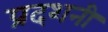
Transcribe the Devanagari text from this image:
प्रदशनी